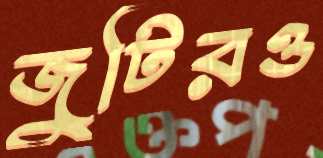
জুটিরও